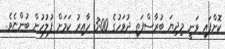
ކޮށްފައި ވަނީ މިދިޔަ ބުރާސްފަތި ދުވަހުގެ 3:00 ހާއިރު ކަމަށް ފުލުހުން ބުންޏެވެ.